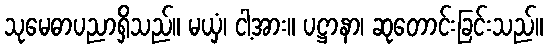
သုမေဓာပညာရှိသည်။ မယှံ၊ ငါ့အား။ ပဋ္ဌာနာ၊ ဆုတောင်းခြင်းသည်။